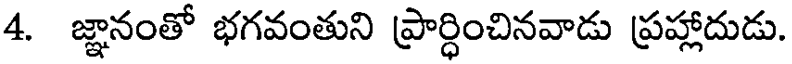
4. జ్ఞానంతో భగవంతుని ప్రార్ధించినవాడు ప్రహ్లాదుడు.